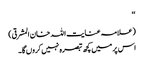
‘‘
(علامہ عنایت اللہ خان المشرقی)
اس پر میں کچھ تبصرہ نہیں کروں گا۔